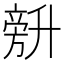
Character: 𰅾